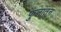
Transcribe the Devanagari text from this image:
फुलातून